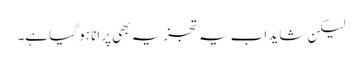
لیکن شاید اب یہ تجزیہ بھی پرانا ہو گیا ہے۔